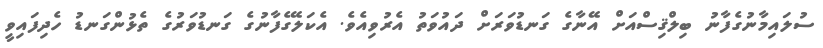
ސުލައިމާނުގެފާނު ބިލްޤިސްއަށް އޭނާގެ ގަނޑުވަރަށް ދައުވަތު އެރުވިއެވެ. އެކަލޭގެފާނުގެ ގަނޑުވަރުގެ ތެޅުންގަނޑު ހެދިފައިވީ